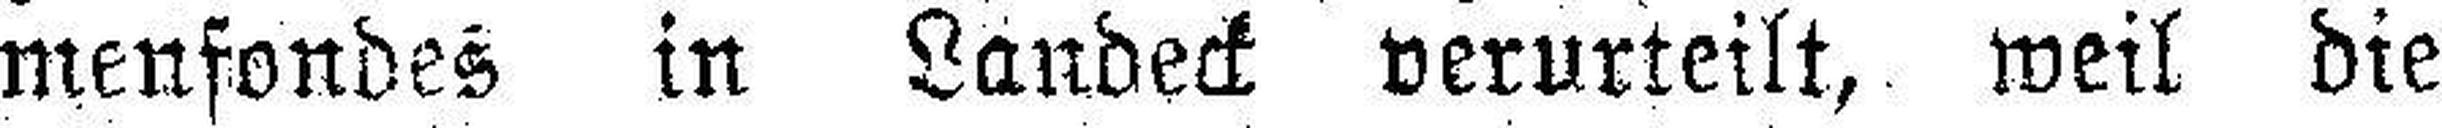
menfondes in Landeck verurteilt, weil die